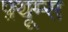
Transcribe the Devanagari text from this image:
फ़्यूम्स